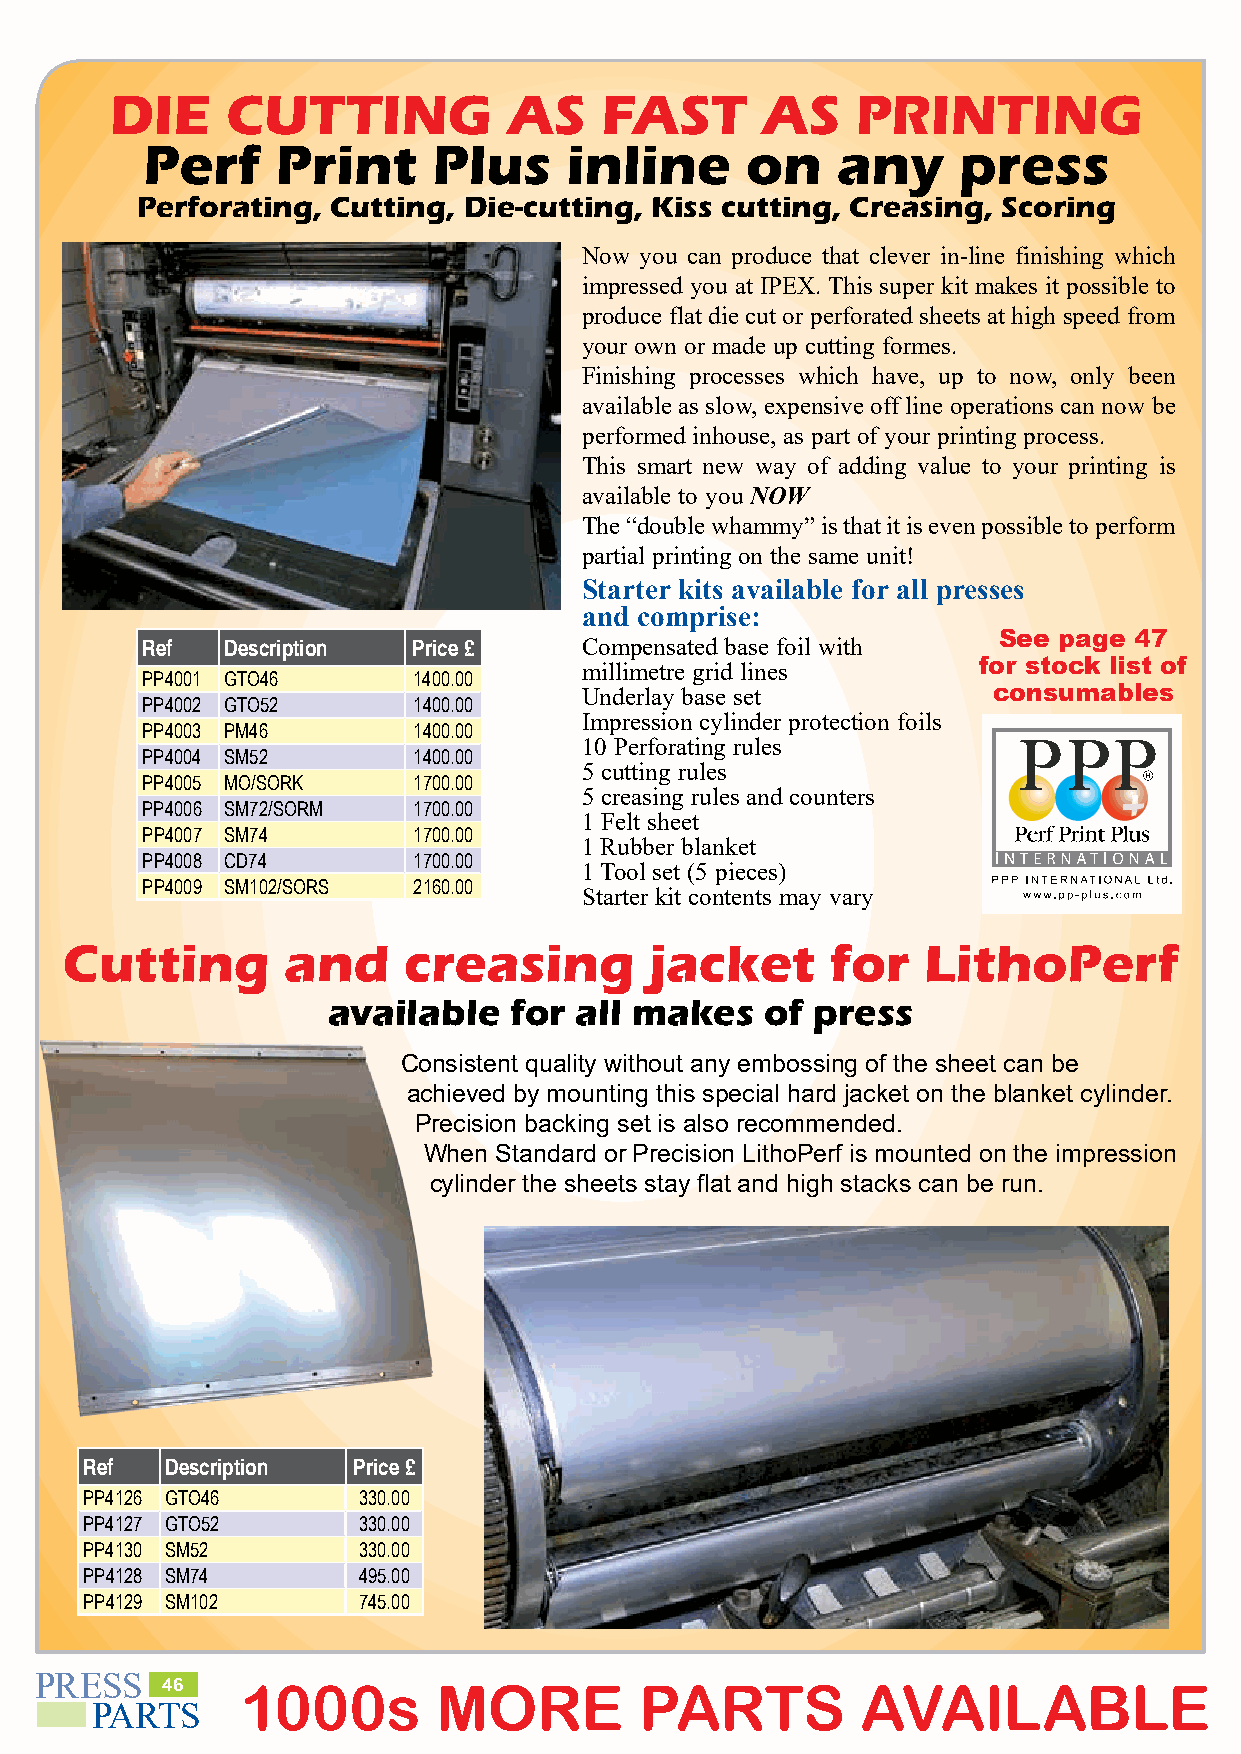
DIE     CUTTING            AS    FAST      AS     PRINTING
 Perf     Print      Plus    inline      on    any     press
 Perforating, Cutting, Die-cutting, Kiss cutting, Creasing, Scoring
 Now you can produce that clever in-line finishing which
 impressed you at IPEX. This super kit makes it possible to
 produce flat die cut or perforated sheets at high speed from
 your own or made up cutting formes.
 Finishing processes which have, up to now, only been
 available as slow, expensive off line operations can now be
 performed inhouse, as part of your printing process.
 This smart new way of adding value to your printing is
 available to you NOW
 The “double whammy” is that it is even possible to perform
 partial printing on the same unit!
 Starter kits available for all presses
 and comprise:
 See page 47
 Ref   Description Price £     Compensated base foil with
 millimetre grid lines     for stock list of
 PP4001 GTO46      1400.00
 Underlay base set          consumables
 PP4002 GTO52      1400.00
 Impression cylinder protection foils
 PP4003 PM46       1400.00
 10 Perforating rules
 PP4004 SM52       1400.00
 5 cutting rules
 PP4005 MO/SORK    1700.00
 5 creasing rules and counters
 PP4006 SM72/SORM  1700.00
 1 Felt sheet
 PP4007 SM74       1700.00
 1 Rubber blanket
 PP4008 CD74       1700.00
 1 Tool set (5 pieces)
 PP4009 SM102/SORS 2160.00
 Starter kit contents may vary
 Cutting        and     creasing        jacket      for   LithoPerf
 available   for all makes    of press
 Consistent quality without any embossing of the sheet can be
 achieved by mounting this special hard jacket on the blanket cylinder.
 Precision backing set is also recommended.
 When Standard or Precision LithoPerf is mounted on the impression
 cylinder the sheets stay flat and high stacks can be run.
 Ref  Description Price £
 PP4126 GTO46      330.00
 PP4127 GTO52      330.00
 PP4130 SM52       330.00
 PP4128 SM74       495.00
 PP4129 SM102      745.00
 PRESS
 46   1000s        MORE         PARTS          AVAILABLE                   PLEASE           PHONE           020     8502       3059
 PARTS